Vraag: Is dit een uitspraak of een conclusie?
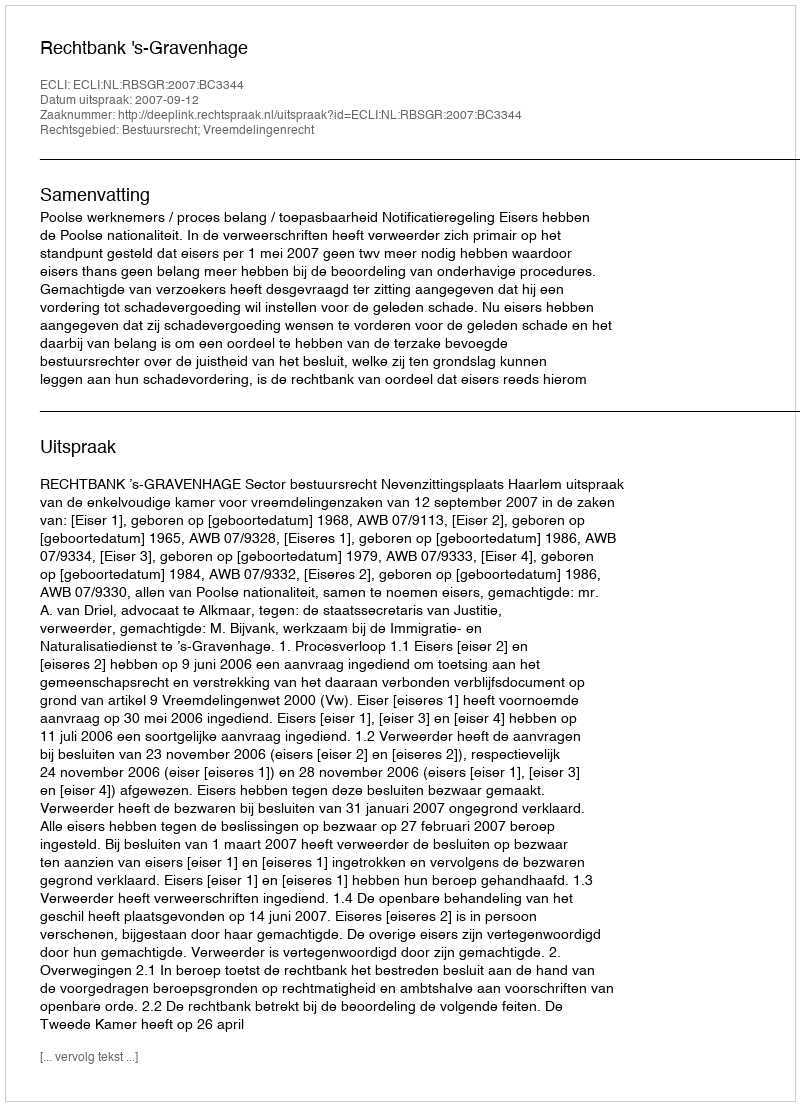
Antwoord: Uitspraak